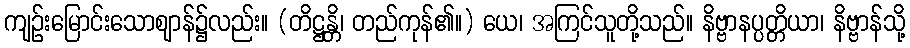
ကျဉ်းမြောင်းသောဈာန်၌လည်း။ (တိဋ္ဌန္တိ၊ တည်ကုန်၏။) ယေ၊ အကြင်သူတို့သည်။ နိဗ္ဗာနပ္ပတ္တိယာ၊ နိဗ္ဗာန်သို့